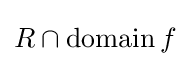
R\cap \operatorname {domain} f